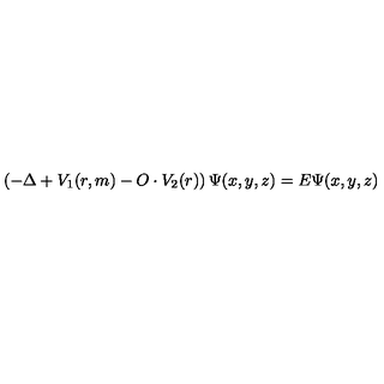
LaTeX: \left( - \Delta + V _ { 1 } ( r , m ) - O \cdot V _ { 2 } ( r ) \right) \Psi ( x , y , z ) = E \Psi ( x , y , z )